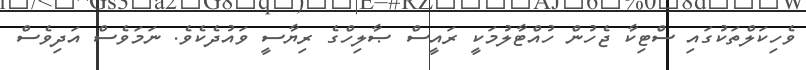
ވެހިކަލްތަކުގައި ސްޓިކާ ޖެހުން ހުއްޓާލުމަކީ ރައީސް ޞާލިހްގެ ރިޔާސީ ވައުދެކެވެ. ނަމަވެސް އަދިވެސް